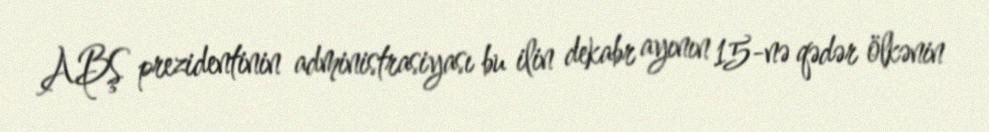
ABŞ prezidentinin administrasiyası bu ilin dekabr ayının 15-nə qədər ölkənin